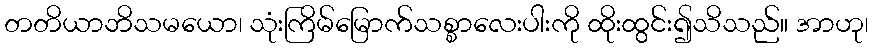
တတိယာဘိသမယော၊ သုံးကြိမ်မြောက်သစ္စာလေးပါးကို ထိုးထွင်း၍သိသည်။ အာဟု၊